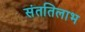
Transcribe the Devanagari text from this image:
संततिलाभ